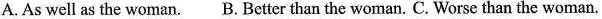
A.As well as the woman. B. Better than the woman. C. Worse than the woman.